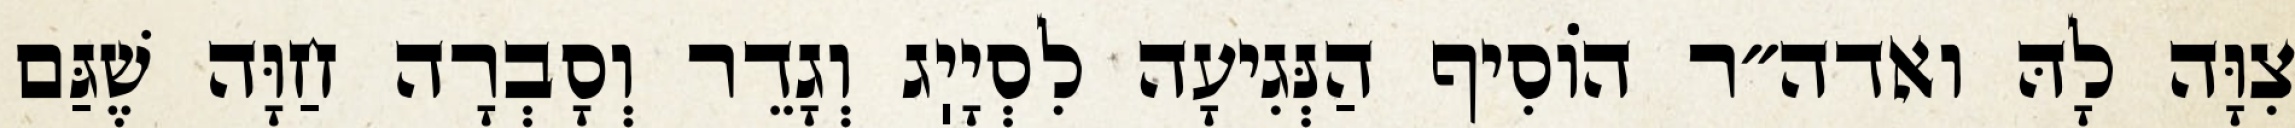
צִוָּה לָהּ ואדה״ר הוֹסִיף הַנְּגִיעָה לִסְיָיֽג וְגָדֵר וְסָבְרָה חַוָּה שֶׁגַּם